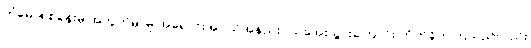
ကံမော်ရဲစခန်းမှ အတွက်မှာမူ အရောင်းအဝယ်အနည်းငယ်အေးသွားကြောင်း တိုက်ခိုက်ကြသည်လည်း